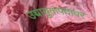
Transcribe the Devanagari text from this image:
उच्चायुक्तपदावर